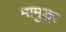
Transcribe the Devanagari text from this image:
मामुद्धर